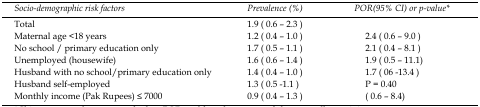
<table><thead><tr><td><b><i>Socio-demographic risk factors</i></b></td><td><b><i>Prevalence (%)</i></b></td><td><b><i>POR(95% CI) or p-value</i>*</b></td></tr></thead><tbody><tr><td>Total</td><td><b>1.9 ( 0.6 – 2.3 )</b></td><td></td></tr><tr><td>Maternal age ˂ 18 years</td><td><b>1.2 ( 0.4 – 1.0 )</b></td><td><b>2.4 ( 0.6 – 9.0 )</b></td></tr><tr><td>No school / primary education only</td><td><b>1.7 ( 0.5 – 1.1 )</b></td><td><b>2.1 ( 0.4 – 8.1 )</b></td></tr><tr><td>Unemployed (housewife)</td><td><b>1.6 ( 0.6 – 1.4 )</b></td><td><b>1.9 ( 0.5 – 11.1)</b></td></tr><tr><td>Husband with no school/primary education only</td><td><b>1.4 ( 0.4 – 1.0 )</b></td><td><b>1.7 ( 06 -13.4 )</b></td></tr><tr><td>Husband self-employed</td><td><b>1.3 ( 0.5 -1.1 )</b></td><td><b>P = 0.40</b></td></tr><tr><td>Monthly income (Pak Rupees) ≤ 7000</td><td><b>0.9 ( 0.4 – 1.3 )</b></td><td><b>( 0.6 – 8.4)</b></td></tr></tbody></table>